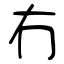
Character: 冇